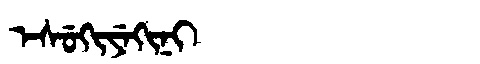
Manchu: ᡝᠰᡠᡴᡳᠶᡝᡴᡳᠨᡳ
Romanization: ESUKIYEKINI